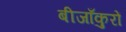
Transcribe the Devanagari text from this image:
बीजाँकुरों